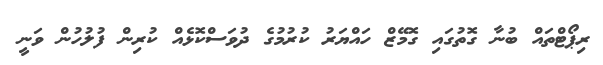
ރިޕޯޓްތައް ބުނާ ގޮތުގައި ގޮމޭޒް ހައްޔަރު ކުރުމުގެ ދުވަސްކޮޅެއް ކުރިން ފުލުހުން ވަނީ